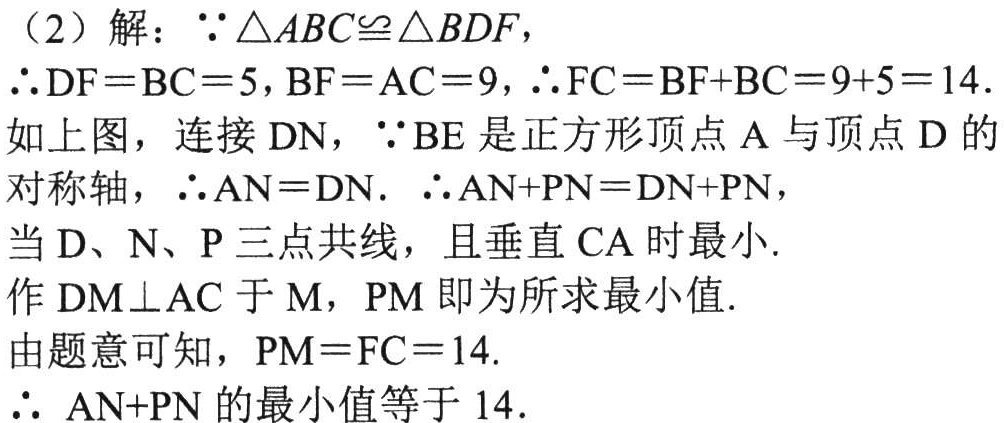
（2）解：\(\because\triangle ABC\cong\triangle BDF\)，
\(\therefore DF = BC = 5\)，\(BF = AC = 9\)，\(\therefore FC=BF + BC=9 + 5 = 14\).
如上图，连接\(DN\)，\(\because BE\)是正方形顶点\(A\)与顶点\(D\)的对称轴，\(\therefore AN = DN\).  \(\therefore AN + PN=DN + PN\)，
当\(D\)、\(N\)、\(P\)三点共线，且垂直\(CA\)时最小.
作\(DM\perp AC\)于\(M\)，\(PM\)即为所求最小值.
由题意可知，\(PM = FC = 14\).
\(\therefore\) \(AN + PN\)的最小值等于\(14\).